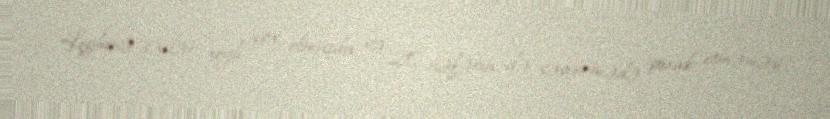
Leyhinə səslər xeyli çox olmuşdu və 20 nəfərin də səsvermədə iştirak etməməsi